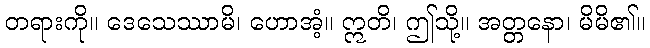
တရားကို။ ဒေသေဿာမိ၊ ဟောအံ့။ ဣတိ၊ ဤသို့။ အတ္တနော၊ မိမိ၏။